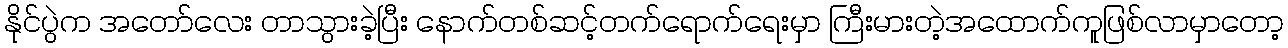
နိုင်ပွဲက အတော်လေး တာသွားခဲ့ပြီး နောက်တစ်ဆင့်တက်ရောက်ရေးမှာ ကြီးမားတဲ့အထောက်ကူဖြစ်လာမှာတော့